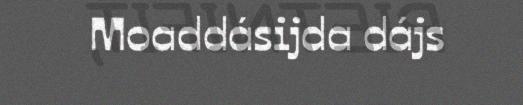
Moaddásijda dájs